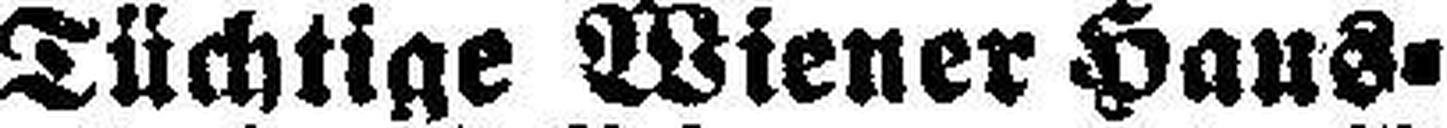
Tüchtige Wiener Haus¬